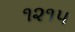
૧૨૧૫